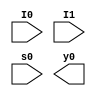
//Laboratorio_5, Ejercicio 5
//Daniel Mundo
//19508
//Electronica Digital 1, seccion 11
// Mux 2:1
module Mux2(input wire I0, I1, s0, output wire y0);
  assign Y = s0 ? I1 : I0;                            //defino los parametros y la ecuacion del mux 2:1
endmodule

//Mux 4:1
module Mux4(input wire w0, w1, w2, w3, s0, s1, output wire y1);
  wire m0, m1;
  Mux2 u0(w0, w1, s0, m0);                            //realizo la operacion con tres mux 2:1 para tener
  Mux2 u1(w2, w3, s0, m1);                           // dos condiciones y cuatro entradas
  Mux2 u2(m0, m1, s1, y1);
endmodule

//Mux 8:1
module Mux8(input wire d0, d1, d2, d3, d4, d5, d6, d7, s0, s1, s2, output wire y2);
  wire n0, n1;
  Mux4 u3(d0, d1, d2, d3, s0, s1, n0);                  //realizo la operacion con dos mux 4:1 & un mux 2:1
  Mux4 u4(d4, d5, d6, d7, s0, s1, n1);                 //tres condiciones y ocho entradas
  Mux2 u5(n0, n1, s2, y);
endmodule

//Aplicacion tabla 01
module T1M8(input wire A, B, C, output wire Y0);
  wire l, h;
  assign l = 1'b0;
  assign h = 1'b1;
  Mux8 N1(l, h, h, l, h, l, l, h, A, B, C, Y0);
endmodule

module T1M4(input wire A, B, C, output wire Y1);
  wire w0;
  assign w0 = ~C;
  Mux4 N1(C, w0, w0, C, A, B, Y1);
endmodule

module T1M2(input wire A, B, C, output wire Y2);
  wire w2, w3;
  assign w2 = B * ~C + ~B * C;
  assign w3 = ~w2;
  Mux2 N2(w2, w3, A, Y2);
endmodule

//Aplicacion tabla 02
module T2M8(input wire A, B, C, output wire Y3);
  wire L, H;
  assign L = 1'b0;
  assign H = 1'b1;
  Mux8 N3 (H, L, L, L, L, H, H, L, A, B, C, Y3);
endmodule

module T2M4(input wire A, B, C, output wire Y4);
  wire w4;
  assign w5 = ~C;
  Mux4 N4( 1'b1, 1'b0, 1'b1, w5, A, B, Y4);
endmodule

module T2M2(input wire A, B, C, output wire Y5);
  wire w6, w7;
  assign w6 = B & ~C || ~B & C;
  assign w7 = ~(C | B);
  Mux2 N5(w7, w6, A, Y5);
endmodule